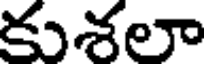
కుశలా